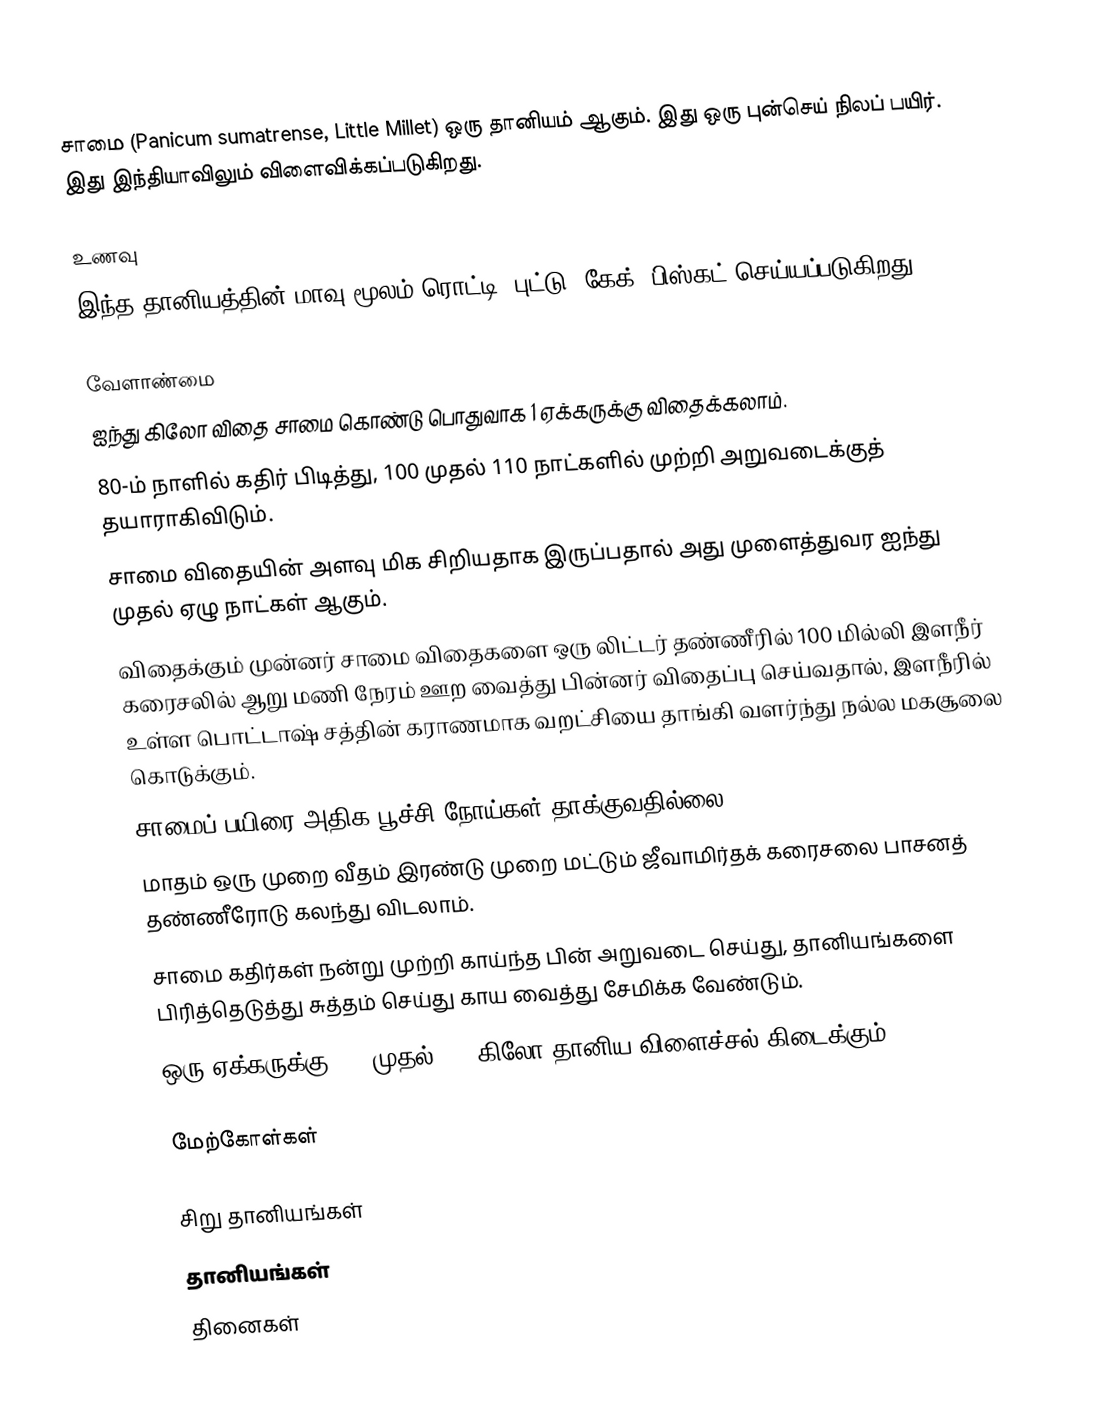
சாமை (Panicum sumatrense, Little Millet) ஒரு தானியம் ஆகும்.  இது ஒரு புன்செய் நிலப் பயிர்.  இது இந்தியாவிலும் விளைவிக்கப்படுகிறது.

உணவு
இந்த தானியத்தின் மாவு மூலம் ரொட்டி, புட்டு, கேக், பிஸ்கட் செய்யப்படுகிறது.

வேளாண்மை
 ஐந்து கிலோ விதை சாமை கொண்டு பொதுவாக 1 ஏக்கருக்கு விதைக்கலாம்.
 80-ம் நாளில் கதிர் பிடித்து, 100 முதல் 110 நாட்களில் முற்றி அறுவடைக்குத் தயாராகிவிடும்.
 சாமை விதையின் அளவு மிக சிறியதாக இருப்பதால் அது முளைத்துவர ஐந்து முதல் ஏழு நாட்கள் ஆகும்.
 விதைக்கும் முன்னர் சாமை விதைகளை ஒரு லிட்டர் தண்ணீரில் 100 மில்லி இளநீர் கரைசலில் ஆறு மணி நேரம் ஊற வைத்து பின்னர் விதைப்பு செய்வதால், இளநீரில் உள்ள பொட்டாஷ் சத்தின் கராணமாக வறட்சியை தாங்கி வளர்ந்து நல்ல மகசூலை கொடுக்கும்.
 சாமைப் பயிரை அதிக பூச்சி நோய்கள் தாக்குவதில்லை.
 மாதம் ஒரு முறை வீதம் இரண்டு முறை மட்டும் ஜீவாமிர்தக் கரைசலை பாசனத் தண்ணீரோடு கலந்து விடலாம்.
சாமை கதிர்கள் நன்று முற்றி காய்ந்த பின் அறுவடை செய்து, தானியங்களை பிரித்தெடுத்து சுத்தம் செய்து காய வைத்து சேமிக்க வேண்டும்.
 ஒரு ஏக்கருக்கு 600 முதல் 800 கிலோ தானிய விளைச்சல் கிடைக்கும்.

மேற்கோள்கள்

சிறு தானியங்கள்
தானியங்கள்
தினைகள்